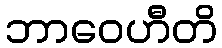
ဘာဝေဟီတိ